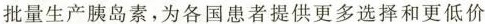
批量生产胰岛素，为各国患者提供更多选择和更低价